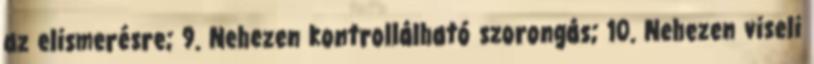
az elismerésre; 9. Nehezen kontrollálható szorongás; 10. Nehezen viseli